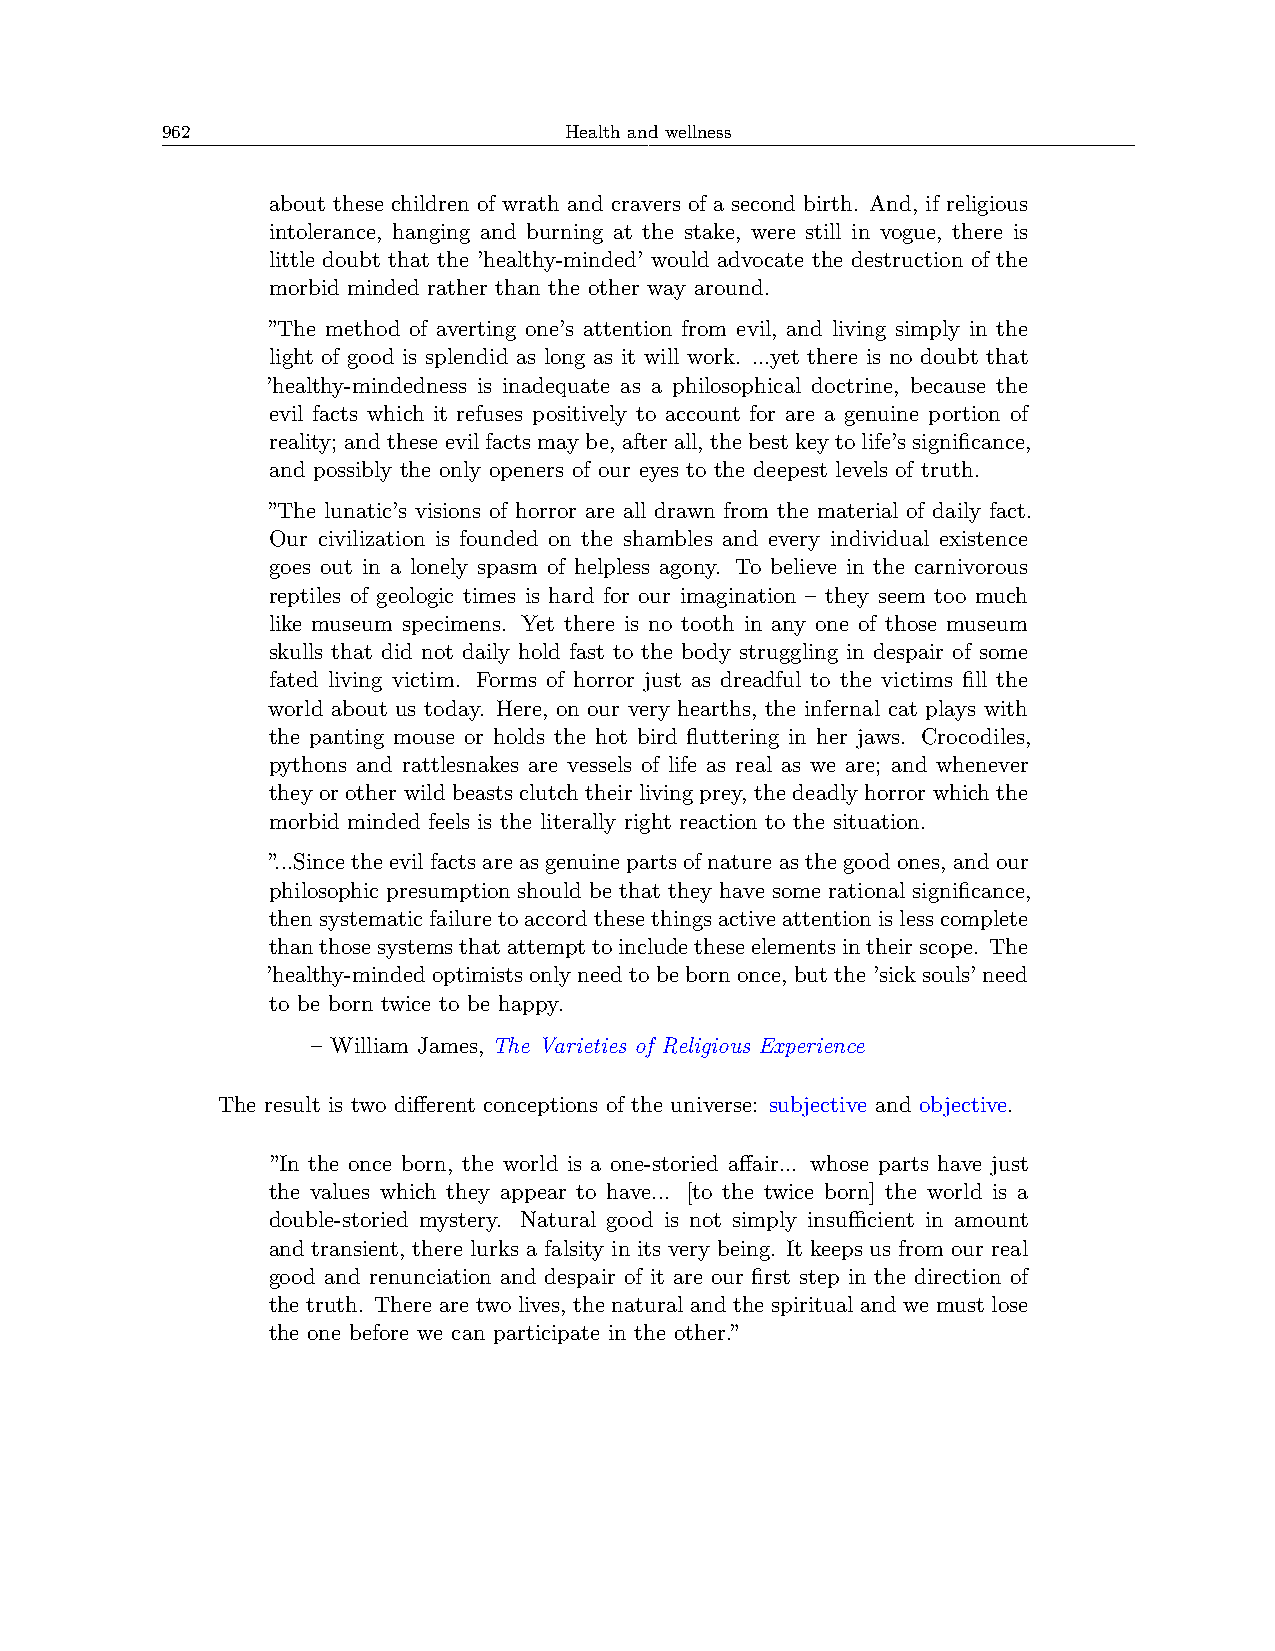
962                       Health and wellness
 about these children of wrath and cravers of a second birth. And, if religious
 intolerance, hanging and burning at the stake, were still in vogue, there is
 little doubt that the ’healthy-minded’ would advocate the destruction of the
 morbid minded rather than the other way around.
 ”The method of averting one’s attention from evil, and living simply in the
 light of good is splendid as long as it will work. ...yet there is no doubt that
 ’healthy-mindedness is inadequate as a philosophical doctrine, because the
 evil facts which it refuses positively to account for are a genuine portion of
 reality; andtheseevilfactsmaybe, afterall, thebestkeytolife’ssignificance,
 and possibly the only openers of our eyes to the deepest levels of truth.
 ”The lunatic’s visions of horror are all drawn from the material of daily fact.
 Our civilization is founded on the shambles and every individual existence
 goes out in a lonely spasm of helpless agony. To believe in the carnivorous
 reptiles of geologic times is hard for our imagination – they seem too much
 like museum specimens. Yet there is no tooth in any one of those museum
 skulls that did not daily hold fast to the body struggling in despair of some
 fated living victim. Forms of horror just as dreadful to the victims fill the
 world about us today. Here, on our very hearths, the infernal cat plays with
 the panting mouse or holds the hot bird fluttering in her jaws. Crocodiles,
 pythons and rattlesnakes are vessels of life as real as we are; and whenever
 they or other wild beasts clutch their living prey, the deadly horror which the
 morbid minded feels is the literally right reaction to the situation.
 ”...Sincetheevilfactsareasgenuinepartsofnatureasthegoodones, andour
 philosophic presumption should be that they have some rational significance,
 thensystematicfailuretoaccordthesethingsactiveattentionislesscomplete
 thanthosesystemsthatattempttoincludetheseelementsintheirscope. The
 ’healthy-mindedoptimistsonlyneedtobebornonce, butthe’sicksouls’need
 to be born twice to be happy.
 – William James, The Varieties of Religious Experience
 The result is two different conceptions of the universe: subjective and objective.
 ”In the once born, the world is a one-storied affair... whose parts have just
 the values which they appear to have... [to the twice born] the world is a
 double-storied mystery. Natural good is not simply insuﬀicient in amount
 and transient, there lurks a falsity in its very being. It keeps us from our real
 good and renunciation and despair of it are our first step in the direction of
 the truth. There are two lives, the natural and the spiritual and we must lose
 the one before we can participate in the other.”